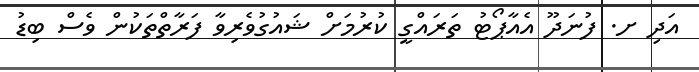
އަދި ށ. ފުނަދޫ އެއާޕޯޓު ތަރައްގީ ކުރުމަށް ޝައުގުވެރިވާ ފަރާތްތަކުން ވެސް ބިޑު